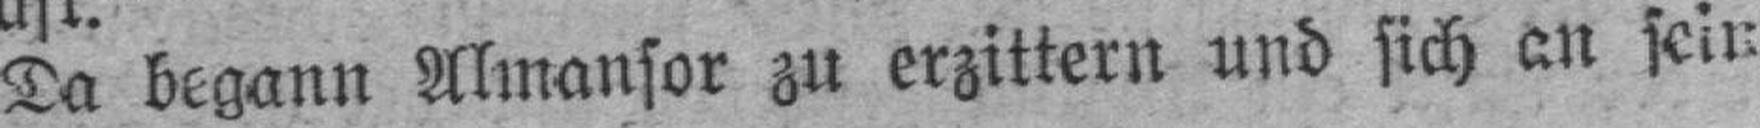
Da begann Almansor zu erzittern und sich an sein